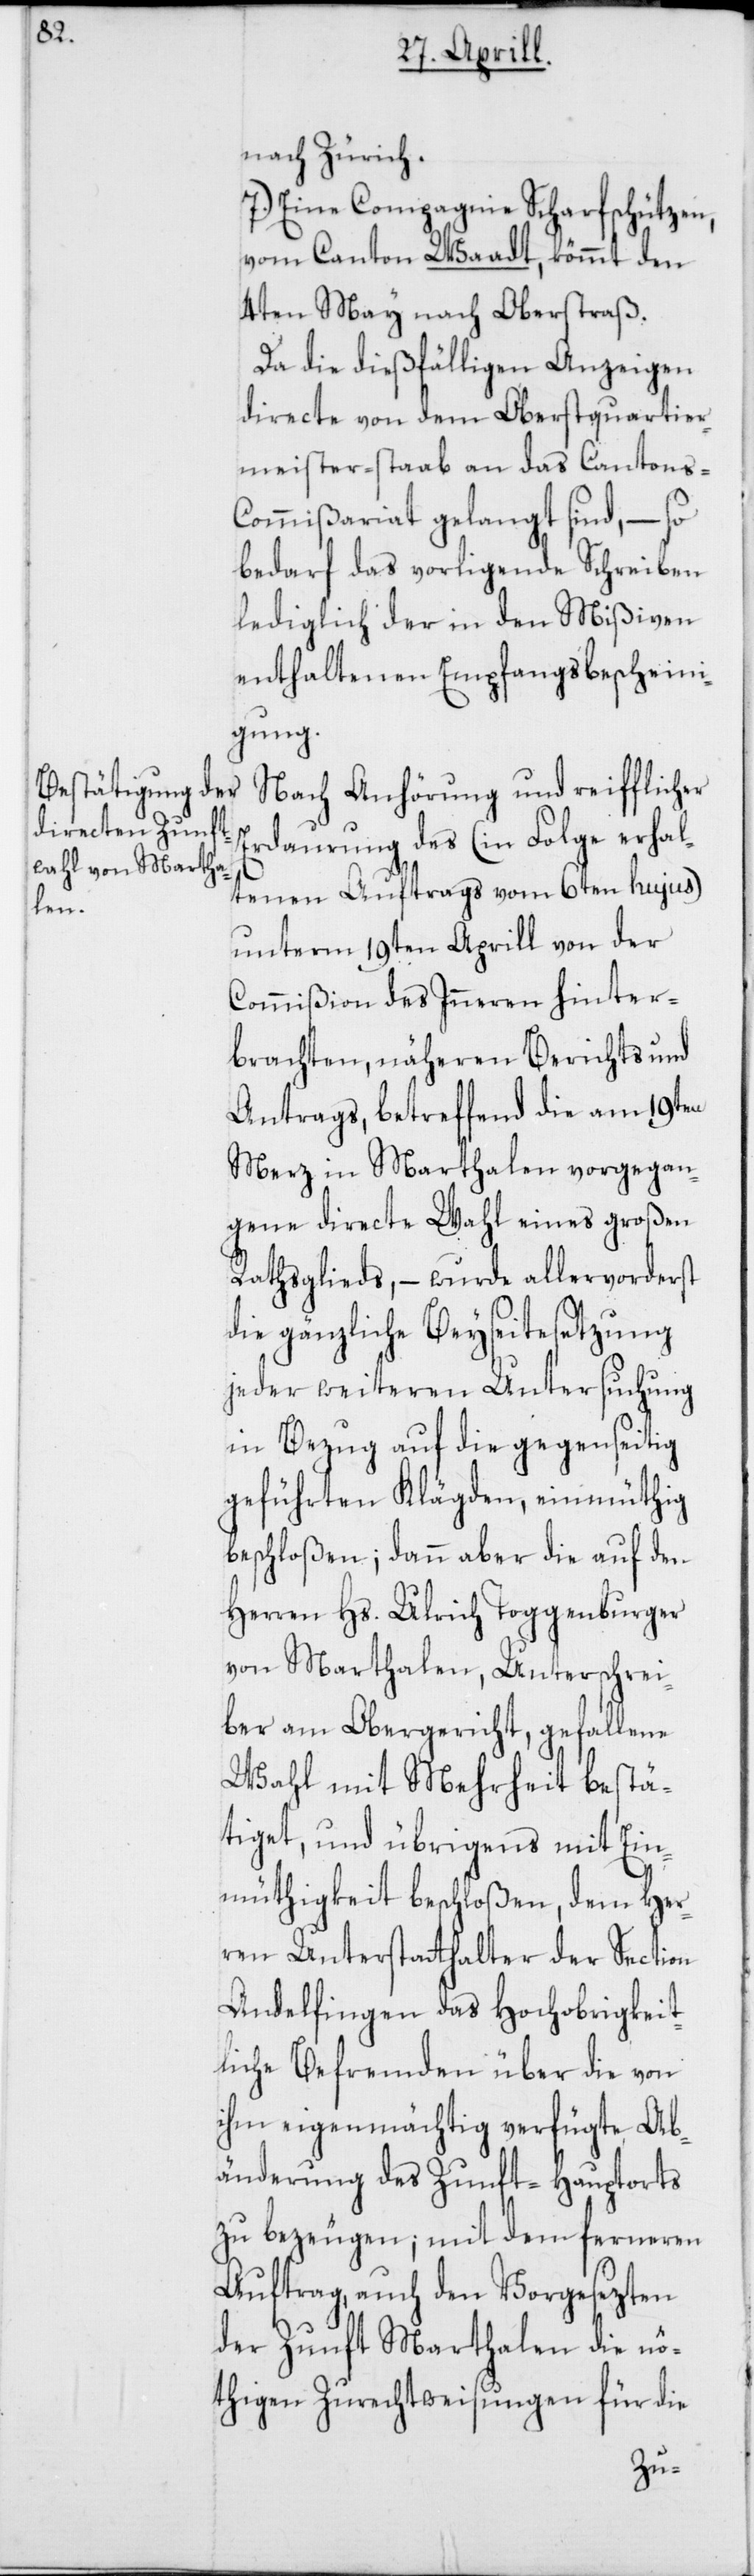
nach Zürich.
7.) Eine Compagnie Scharfschützen,
vom Canton Waadt, kömmt den
4ten May nach Oberstraß.
Da die dießfälligen Anzeigen
directe von dem Oberstquartier¬
meister-staab an das Cantons-C¬
ommißariat gelangt sind, – so
bedarf das vorligende Schreiben
lediglich der in den Mißiven
enthaltenen Empfangsbescheini¬
gung.
Nach Anhörung und reifflicher
Erdaurung des (in Folge erhal¬
tenen Auftrags vom 6ten hujus)
unterm 19ten Aprill von der
Commißion des Inneren hinter¬
brachten, näheren Berichts und
Antrags, betreffend die am 19ten
Merz in Marthalen vorgegan¬
gene directe Wahl eines großen
Rathsglieds, – wurde allervorderst
die gänzliche Beyseitesetzung
jeder weiteren Untersuchung
in Bezug auf die gegenseitig
geführten Klägden, einmüthig
beschloßen; dann aber die auf den
Herren Hs. Ulrich Toggenburger
von Marthalen, Unterschrei¬
ber am Obergericht, gefallene
Wahl mit Mehrheit bestä¬
tiget, und übrigens mit Ein¬
müthigkeit beschloßen, dem Her¬
ren Unterstatthalter der Section
Andelfingen das Hochobrigkeit¬
liche Befremden über die von
ihm eigenmächtig verfügte Ab¬
änderung des Zunft-Hauptorts
zu bezeugen; mit dem ferneren
Auftrag, auch den Vorgesezten
der Zunft Marthalen die nö¬
thigen Zurechtweisungen für die